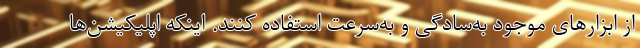
از ابزارهای موجود به‌سادگی و به‌سرعت استفاده کنند. اینکه اپلیکیشن‌ها